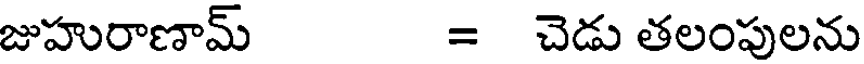
జుహురాణామ్ = చెడు తలంపులను